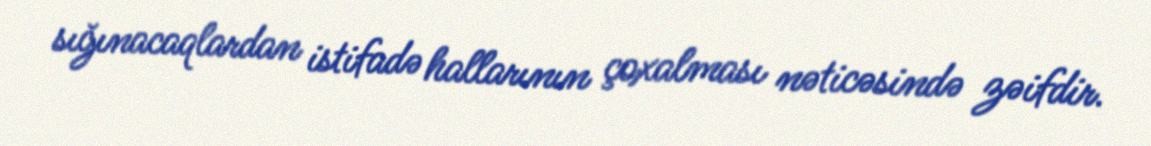
sığınacaqlardan istifadə hallarının çoxalması nəticəsində zəifdir.